system: You are a helpful assistant.
user:
Analyze the provided spectrum to determine if it is a **S-type Star**.

- **Key Indicators for S-type Star:**

    - **(Overall Spectrum Shape):** The first and most obvious characteristic is the overall continuum (the "baseline" shape). It is **extremely "red-sloping,"** meaning the flux (light intensity) is very low on the left side (blue, ~4000-4500 Å) and rises steeply and continuously toward the right side (red, ~7000 Å+).

    - **(Primary):** The spectrum is defined by the presence of strong, broad molecular absorption "valleys" (bands) from **Zirconium Oxide (ZrO)**. The identification of these bands is the **primary requirement** for classifying a star as S-type.
        - **(Key Bandheads):** You must find distinct, deep "dips" where the light has been absorbed. The most critical band systems to locate are:
            - **~6474 Å** ($\gamma$-system): This is often the strongest and clearest ZrO feature, found in the red part of the spectrum.
            - **~5718 Å** & **~5551 Å** ($\beta$-system): A pair of prominent absorption features in the yellow-orange part of the spectrum.
            - **~4640 Å** ($\alpha$-system): A key absorption band system in the blue-green region of the spectrum.

    - **(Secondary Confirmation):** The classification is strengthened by finding additional absorption bands from other related heavy element oxides, which are expected to be present alongside ZrO.
        - **(Key Bandheads):**
            - **Yttrium Oxide (YO):** Look for absorption dips near **~4800 Å** and **~6100 Å**.
            - **Lanthanum Oxide (LaO):** Additional absorption features, particularly in the red-orange part of the spectrum, are also characteristic.

    - **(Line Profile):** The combination of the steep red continuum and these numerous, deep molecular bands (ZrO, YO, etc.) gives the entire spectrum a very **"chopped-up"** or **"bumpy"** appearance. Instead of a smooth curve, the spectrum looks as though large, wide chunks of light have been "carved out" of it at the specific wavelengths listed above.

Think first, call **spectral_visualization_tool** if needed to examine features in detail, then provide your final answer. Your response must adhere to the following strict rules:
1.  **Overall Structure:** Your response must follow the format `<think>...</think> <tool_call>...</tool_call> (if a tool is used) <answer>...</answer>`.
2.  **Tool Usage Constraint:** You may only make **one** tool call per turn.
3.  **Final Answer Format:** In the `<answer>` tag, your conclusion must be inside a `\boxed{}` command (e.g., `\boxed{YES}` or `\boxed{NO}`), followed by your justification.

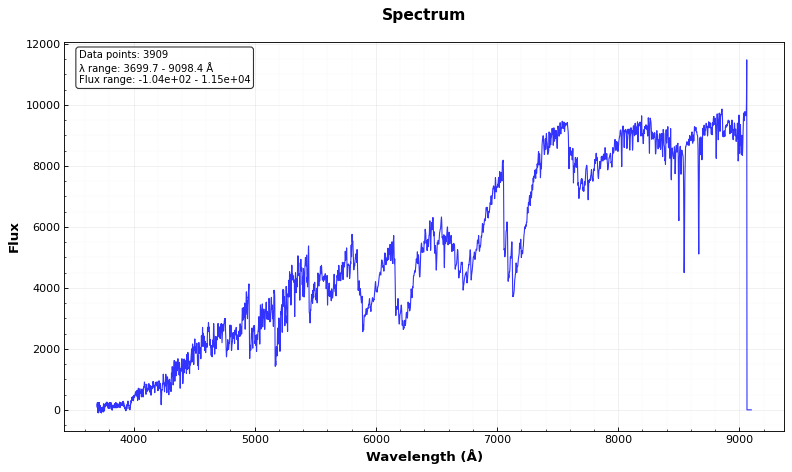
Answer: YES